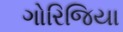
ગોરિજિયા